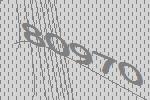
80970